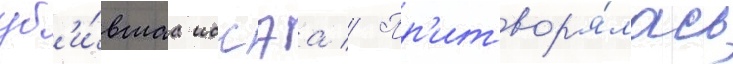
уб'и́вшаа иссэа // Пр'итвор'я́лась